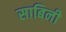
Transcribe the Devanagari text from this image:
साबिनी